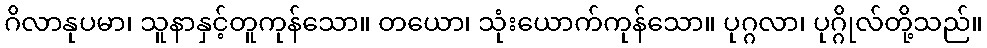
ဂိလာနုပမာ၊ သူနာနှင့်တူကုန်သော။ တယော၊ သုံးယောက်ကုန်သော။ ပုဂ္ဂလာ၊ ပုဂ္ဂိုလ်တို့သည်။